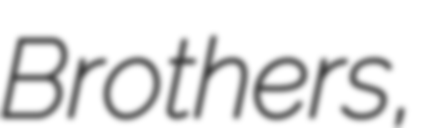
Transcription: Brothers,